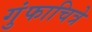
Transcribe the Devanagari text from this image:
गुंफाचित्रे